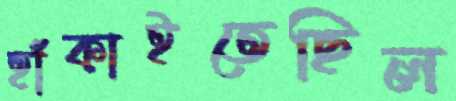
হাঁকাইতেছিল